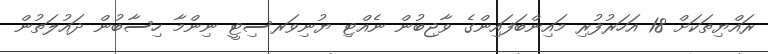
ރައްޔިތަކަށް 18 އަހަރުފުރި މައިންބަފައިންގެ ވާޖިބުން ނެއްޓި ޔުނިވަރސިޓީ ނިންމާ ހިސާބުން ދައުލަތުން